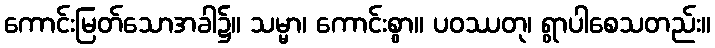
ကောင်းမြတ်သောအခါ၌။ သမ္မာ၊ ကောင်းစွာ။ ပဝဿတု၊ ရွာပါစေသတည်း။